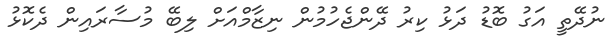
ނުދޭތީ އަގު ބޮޑު ދަޅު ކިރު ދޭންޖެހުމުން ނިޒާމްއަށް ލިބޭ މުސާރައިން ދެކޮޅު